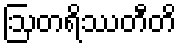
ဩတရိဿတီတိ